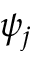
\psi _ { j }